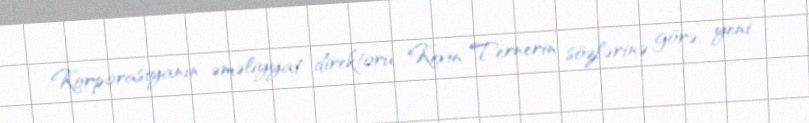
Korporasiyanın əməliyyat direktoru Kevin Ternerin sözlərinə görə, yeni